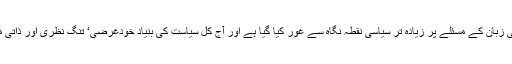
ہماری قومی زبان کے مسئلے پر زیادہ تر سیاسی نقطہ نگاہ سے غور کیا گیا ہے اور آج کل سیاست کی بنیاد خودغرضی‘ تنگ نظری اور ذاتی مفاد پر ہے۔